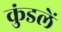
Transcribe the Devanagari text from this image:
कुंडलें